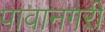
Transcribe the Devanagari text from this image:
पावानगरी